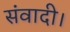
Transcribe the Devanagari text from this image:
संवादी।